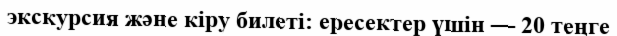
экскурсия және кіру билеті: ересектер үшін — 20 теңге